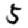
Digit: 5